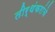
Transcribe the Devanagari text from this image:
तीर्थंकरांचे